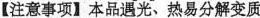
【注意事项】本品遇光、热易分解变质